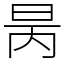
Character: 昺